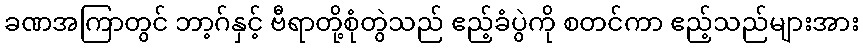
ခဏအကြာတွင် ဘာ့ဂ်နှင့် ဗီရာတို့စုံတွဲသည် ဧည့်ခံပွဲကို စတင်ကာ ဧည့်သည်များအား